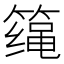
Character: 𱸤